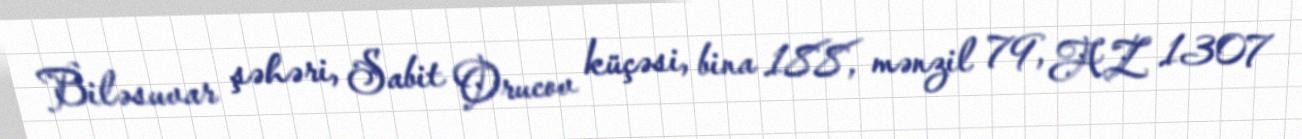
Biləsuvar şəhəri, Sabit Orucov küçəsi, bina 188, mənzil 79, AZ 1307